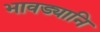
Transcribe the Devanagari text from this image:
भावड्यानि